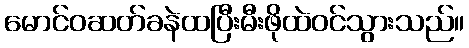
မောင်ဝဆတ်ခနဲထပြီးမီးဖိုထဲဝင်သွားသည်။